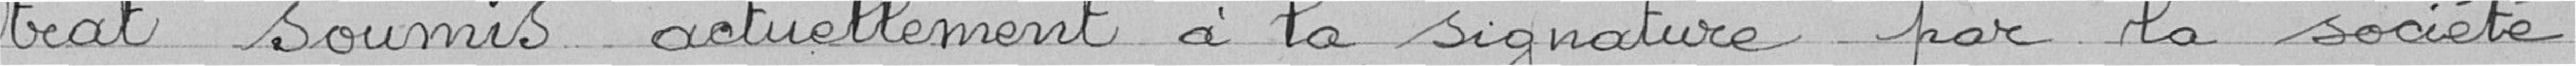
trat soumis actuellement à la signature par la société